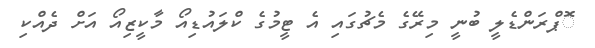
ޮޕްރަންޑެލީ ބުނީ މިރޭގެ މެޗުގައި އެ ޓީމުގެ ކްލައުޑިއޯ މާކީޒިއޯ އަށް ދެއްކި